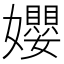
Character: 孆